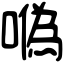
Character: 𠼮